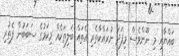
ބައްޔާއި މި ނޫންވެސް މިފަދަ ނުރައްކާތެރި އެތައް ބަލިތަކެއް މިކަމުގެ ސަބަބުން ފެތުރި